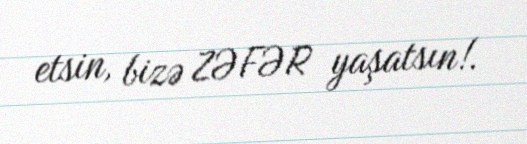
etsin, bizə ZƏFƏR yaşatsın!.